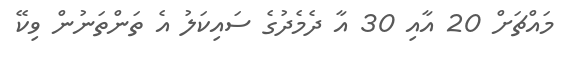
މައްޗަށް 20 އާއި 30 އާ ދެމެދުގެ ސައިކަލު އެ ތަންތަނުން ވިކޭ